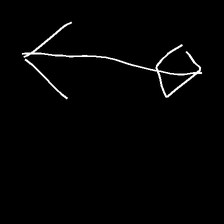
Glyph: focus